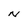
Character: N